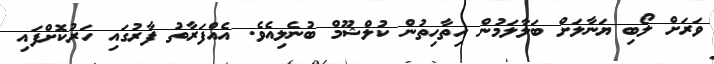
ވަރަށް ލޯބި ޔަނާލަށް ބަލާލަމުން ހިތާހިތުން ކުލްޝޫމް ބުނެލިއެވެ. އެއްފަރާތު ފާރުގައި ހަރުކޮށްފައި